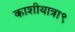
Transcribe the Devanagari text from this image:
काशीयात्रा९